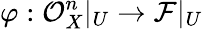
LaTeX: \varphi:{\mathcal{O}}_{X}^{n}|_{U}\to{\mathcal{F}}|_{U}